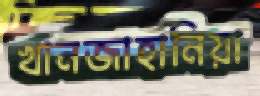
খানজাহানিয়া